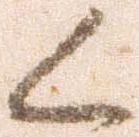
く